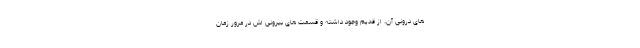
های درونی آن، از قدیم وجود داشته و قسمت های بیرونی اش در مرور زمان